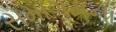
સમાગમના